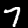
Label: 7